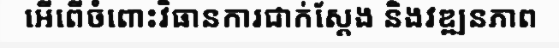
អើពើចំពោះវិធានការជាក់ស្តែង និងវឌ្ឍនភាព